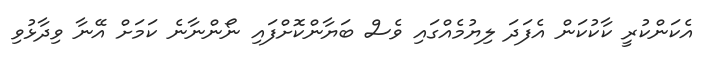
އެކަންކުރީ ކާކުކަން އެފަދަ ލިޔުމެއްގައި ވެސް ބަޔާންކޮށްފައި ނޯންނާނެ ކަމަށް އޭނާ ވިދާޅުވި